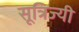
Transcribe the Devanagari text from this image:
सूत्रिज्यी